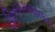
બિનઅસરકારકતા